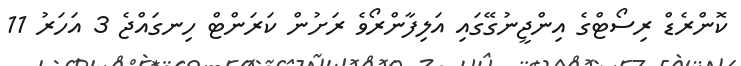
ކޮންރެޑް ރިސޯޓްގެ އިންޖީނުގޭގައި އަލިފާންރޯވެ ރަށުން ކަރަންޓް ހިނގައްޖެ 3 އަހަރު 11